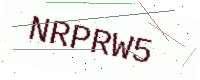
Text: NRPRW5